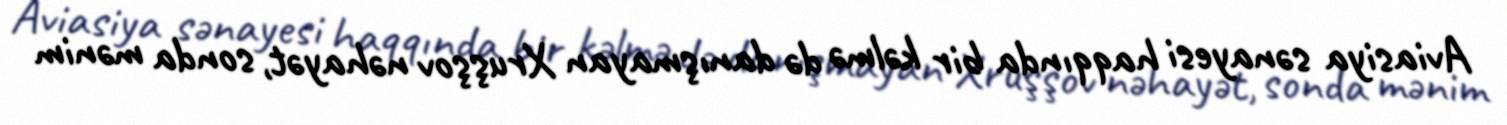
Aviasiya sənayesi haqqında bir kəlmə də danışmayan Xruşşov nəhayət, sonda mənim